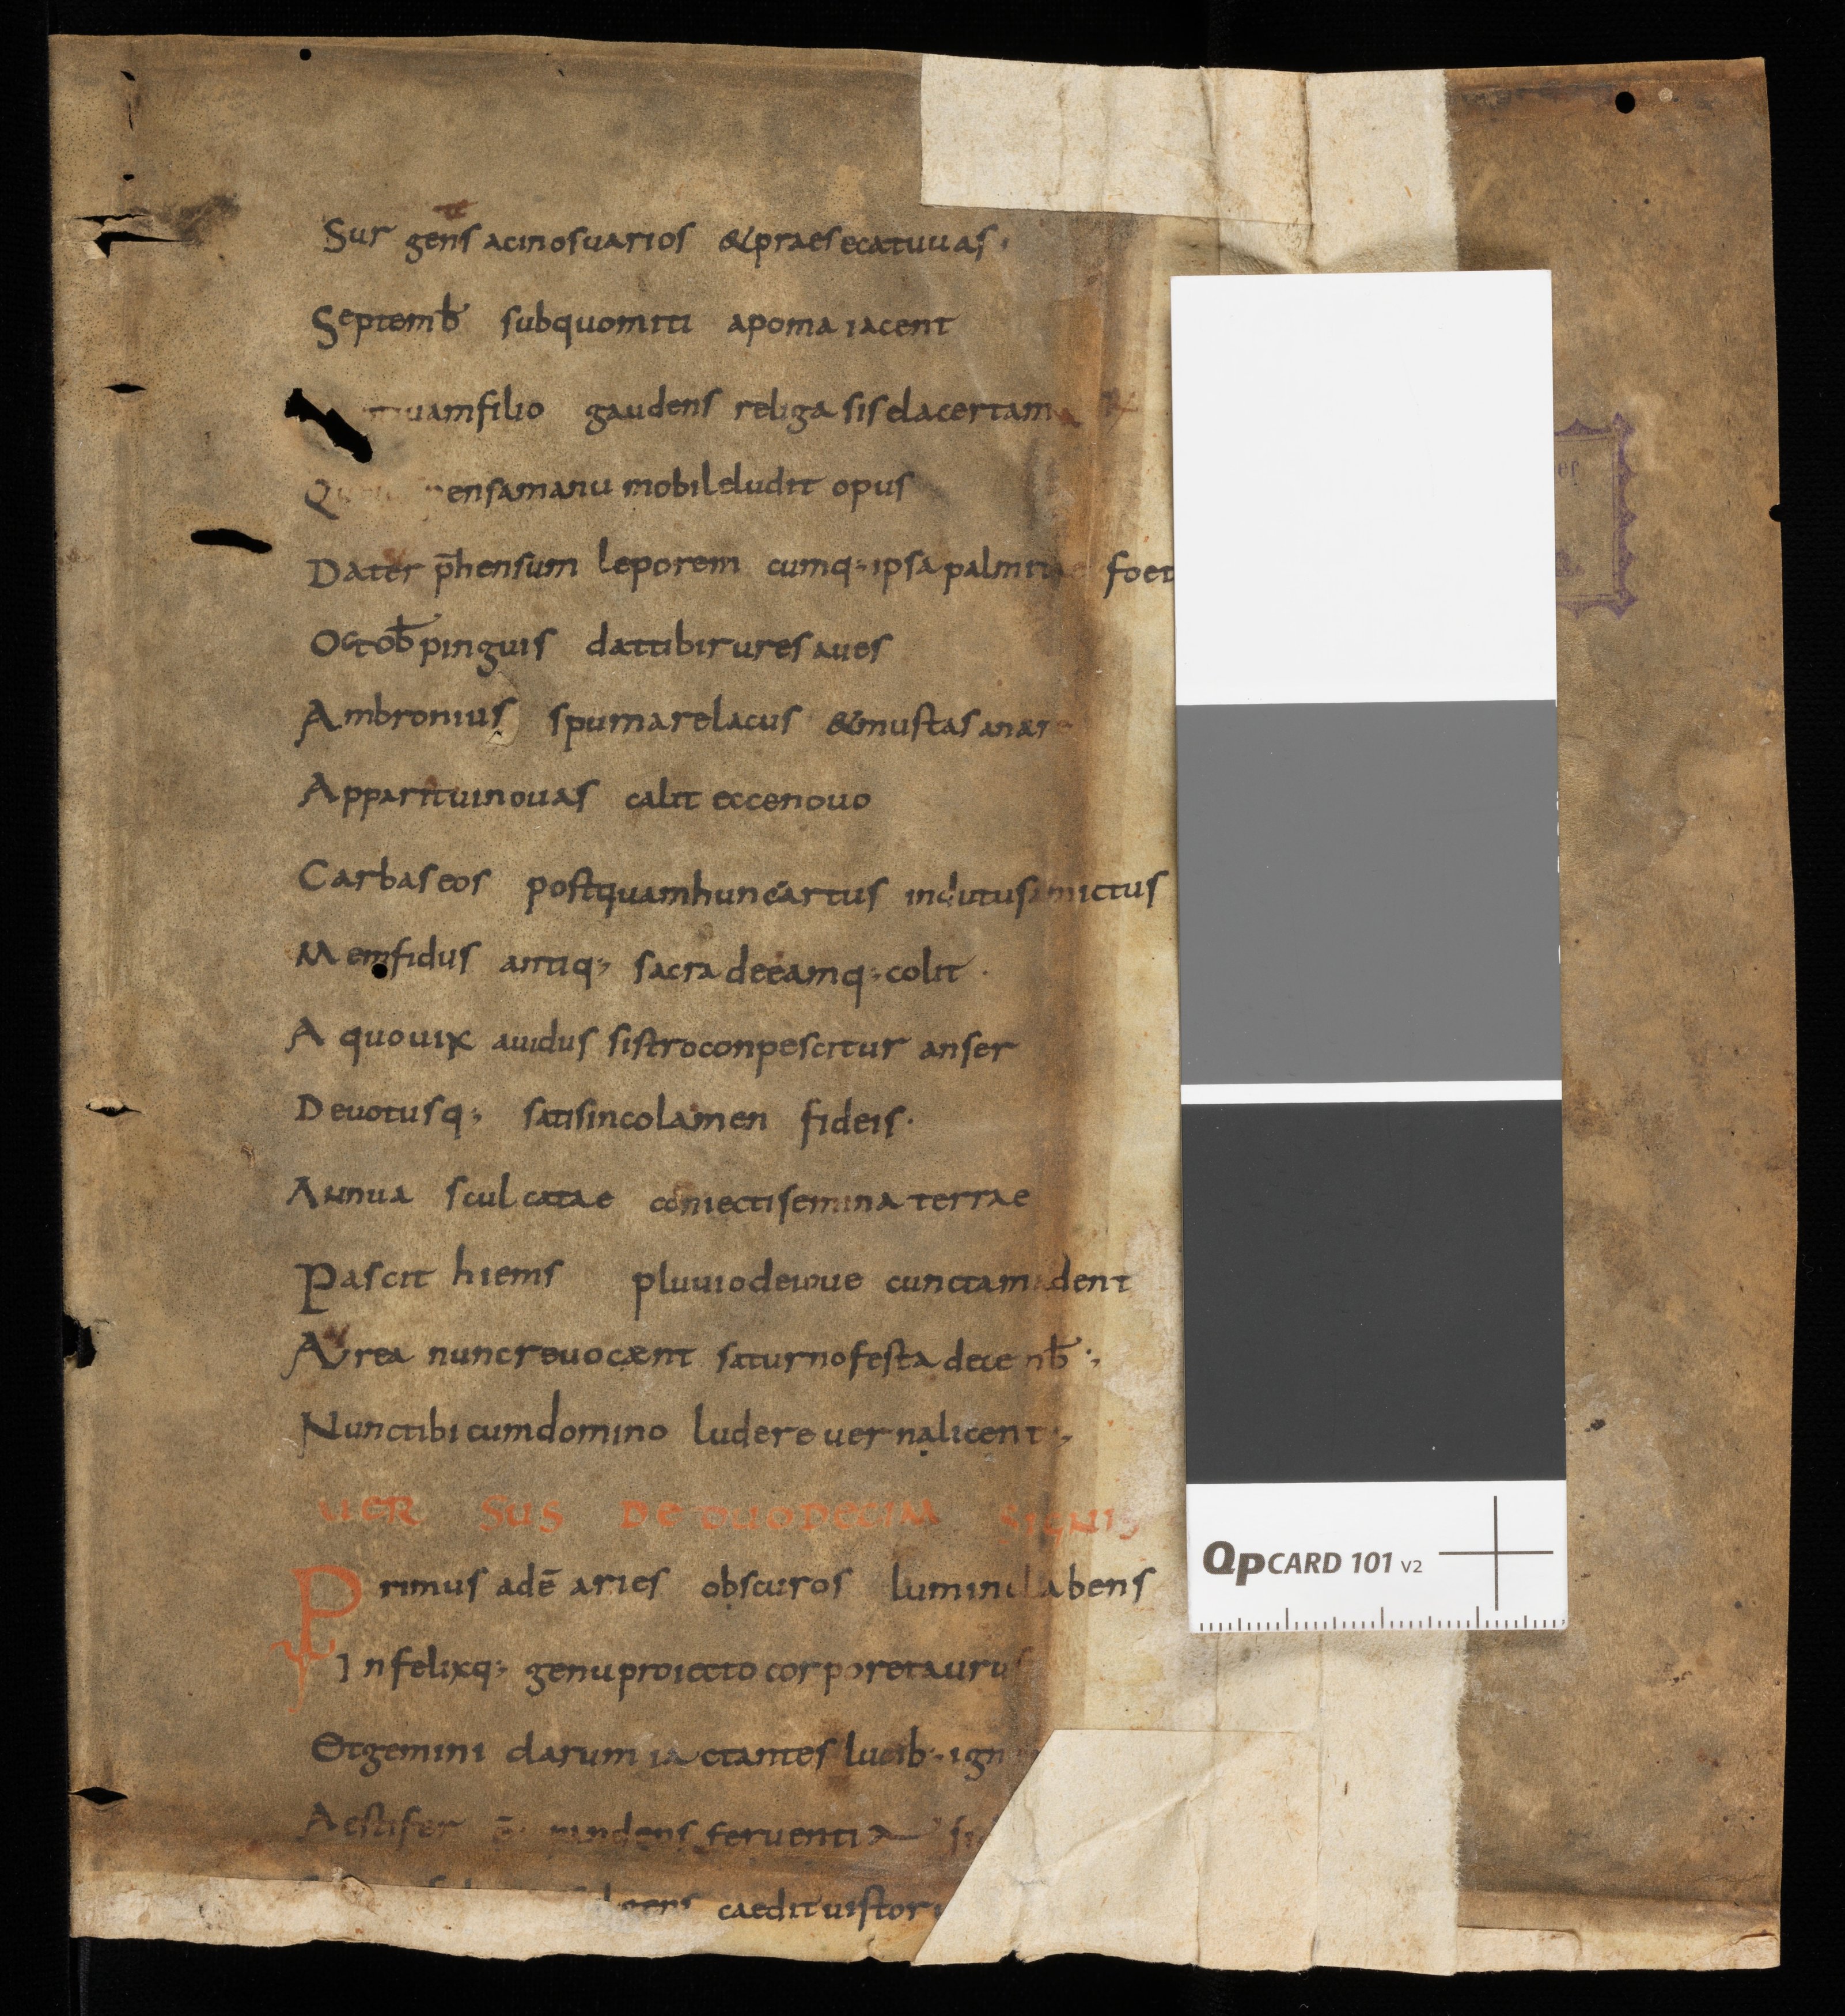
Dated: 825–849